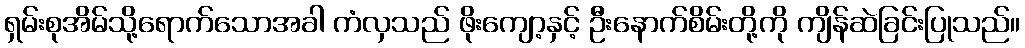
ရှမ်းစုအိမ်သို့ရောက်သောအခါ ကံလှသည် ဖိုးကျော့နှင့် ဦးနောက်စိမ်းတို့ကို ကျိန်ဆဲခြင်းပြုသည်။